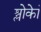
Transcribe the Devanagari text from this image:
श्लोकेां